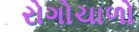
રોગોચાળો